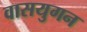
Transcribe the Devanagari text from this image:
वासयुगन